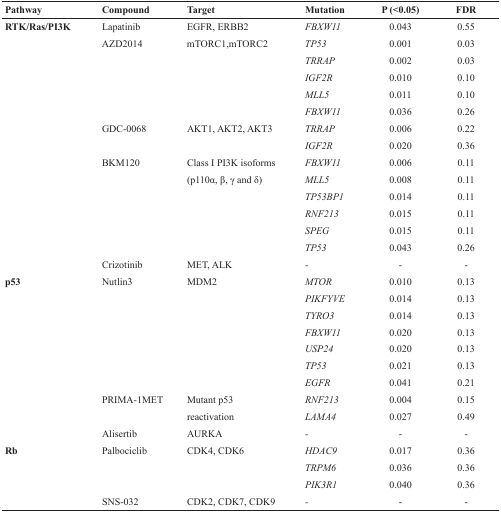
<table><thead><tr><td><b>Pathway</b></td><td><b>Compound</b></td><td><b>Target</b></td><td><b>Mutation</b></td><td><b>P (&lt;0.05)</b></td><td><b>FDR</b></td></tr></thead><tbody><tr><td><b>RTK/Ras/PI3K</b></td><td>Lapatinib</td><td>EGFR, ERBB2</td><td><i>FBXW11</i></td><td>0.043</td><td>0.55</td></tr><tr><td></td><td>AZD2014</td><td>mTORC1, mTORC2</td><td><i>TP53</i></td><td>0.001</td><td>0.03</td></tr><tr><td></td><td></td><td></td><td><i>TRRAP</i></td><td>0.002</td><td>0.03</td></tr><tr><td></td><td></td><td></td><td><i>IGF2R</i></td><td>0.010</td><td>0.10</td></tr><tr><td></td><td></td><td></td><td><i>MLL5</i></td><td>0.011</td><td>0.10</td></tr><tr><td></td><td></td><td></td><td><i>FBXW11</i></td><td>0.036</td><td>0.26</td></tr><tr><td></td><td>GDC-0068</td><td>AKT1, AKT2, AKT3</td><td><i>TRRAP</i></td><td>0.006</td><td>0.22</td></tr><tr><td></td><td></td><td></td><td><i>IGF2R</i></td><td>0.020</td><td>0.36</td></tr><tr><td></td><td>BKM120</td><td>Class I PI3K isoforms</td><td><i>FBXW11</i></td><td>0.006</td><td>0.11</td></tr><tr><td></td><td></td><td>(p110α, β, γ and δ)</td><td><i>MLL5</i></td><td>0.008</td><td>0.11</td></tr><tr><td></td><td></td><td></td><td><i>TP53BP1</i></td><td>0.014</td><td>0.11</td></tr><tr><td></td><td></td><td></td><td><i>RNF213</i></td><td>0.015</td><td>0.11</td></tr><tr><td></td><td></td><td></td><td><i>SPEG</i></td><td>0.015</td><td>0.11</td></tr><tr><td></td><td></td><td></td><td><i>TP53</i></td><td>0.043</td><td>0.26</td></tr><tr><td></td><td>Crizotinib</td><td>MET, ALK</td><td><i>-</i></td><td>-</td><td>-</td></tr><tr><td><b>p53</b></td><td>Nutlin3</td><td>MDM2</td><td><i>MTOR</i></td><td>0.010</td><td>0.13</td></tr><tr><td></td><td></td><td></td><td><i>PIKFYVE</i></td><td>0.014</td><td>0.13</td></tr><tr><td></td><td></td><td></td><td><i>TYRO3</i></td><td>0.014</td><td>0.13</td></tr><tr><td></td><td></td><td></td><td><i>FBXW11</i></td><td>0.020</td><td>0.13</td></tr><tr><td></td><td></td><td></td><td><i>USP24</i></td><td>0.020</td><td>0.13</td></tr><tr><td></td><td></td><td></td><td><i>TP53</i></td><td>0.021</td><td>0.13</td></tr><tr><td></td><td></td><td></td><td><i>EGFR</i></td><td>0.041</td><td>0.21</td></tr><tr><td></td><td>PRIMA-1MET</td><td>Mutant p53</td><td><i>RNF213</i></td><td>0.004</td><td>0.15</td></tr><tr><td></td><td></td><td>reactivation</td><td><i>LAMA4</i></td><td>0.027</td><td>0.49</td></tr><tr><td></td><td>Alisertib</td><td>AURKA</td><td>-</td><td>-</td><td>-</td></tr><tr><td><b>Rb</b></td><td>Palbociclib</td><td>CDK4, CDK6</td><td><i>HDAC9</i></td><td>0.017</td><td>0.36</td></tr><tr><td></td><td></td><td></td><td><i>TRPM6</i></td><td>0.036</td><td>0.36</td></tr><tr><td></td><td></td><td></td><td><i>PIK3R1</i></td><td>0.040</td><td>0.36</td></tr><tr><td></td><td>SNS-032</td><td>CDK2, CDK7, CDK9</td><td><i>-</i></td><td>-</td><td>-</td></tr></tbody></table>